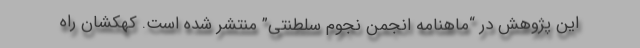
این پژوهش در “ماهنامه انجمن نجوم سلطنتی” منتشر شده است. کهکشانِ راهِ